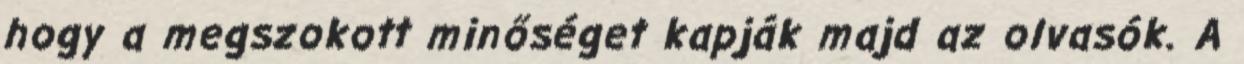
hogy a megszokott minőséget kapják majd az olvasók. A